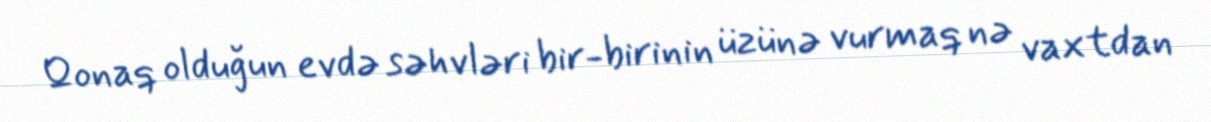
Qonaq olduğun evdə səhvləri bir-birinin üzünə vurmaq nə vaxtdan